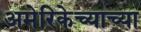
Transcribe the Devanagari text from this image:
अमेरिकेच्याच्या